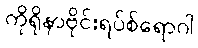
ကိုရိုနာဗိုင်းရပ်စ်ရောဂါ